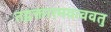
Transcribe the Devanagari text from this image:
तद्वक्तारमवत्ववतु